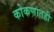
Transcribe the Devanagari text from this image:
कोकणातही